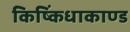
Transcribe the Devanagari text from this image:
किष्किंधाकाण्ड